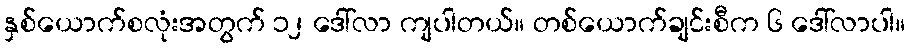
နှစ်ယောက်စလုံးအတွက် ၁၂ ဒေါ်လာ ကျပါတယ်။ တစ်ယောက်ချင်းစီက ၆ ဒေါ်လာပါ။